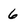
Character: 6